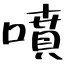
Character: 噴